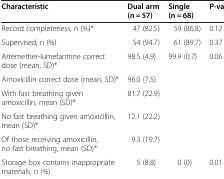
<table><thead><tr><td><b>Characteristic</b></td><td><b>Dual arm (n = 57)</b></td><td><b>Single (n = 68)</b></td><td><b>P-value</b></td></tr></thead><tbody><tr><td>Record completeness, n (%)*</td><td>47 (82.5)</td><td>59 (86.8)</td><td>0.12</td></tr><tr><td>Supervised, n (%)</td><td>54 (94.7)</td><td>61 (89.7)</td><td>0.37</td></tr><tr><td>Artemether-lumefantrine correct dose (mean, SD)*</td><td>98.5 (4.9)</td><td>99.9 (0.7)</td><td>0.06</td></tr><tr><td>Amoxicillin correct dose (mean, SD)*</td><td>96.0 (7.5)</td><td> </td><td> </td></tr><tr><td>With fast breathing given amoxicillin, mean (SD)*</td><td>81.7 (22.9)</td><td> </td><td> </td></tr><tr><td>No fast breathing given amoxicillin, mean (SD)*</td><td>12.1 (22.2)</td><td> </td><td> </td></tr><tr><td>Of those receiving amoxicillin, no fast breathing, mean (SD)*</td><td>9.3 (19.7)</td><td> </td><td> </td></tr><tr><td>Storage box contains inappropriate materials, n (%)</td><td>5 (8.8)</td><td>0 (0)</td><td>0.01</td></tr></tbody></table>